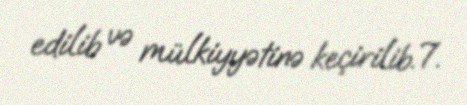
edilib və mülkiyyətinə keçirilib.7.